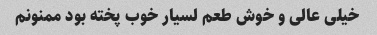
خیلی عالی و خوش طعم لسیار خوب پخته بود ممنونم